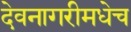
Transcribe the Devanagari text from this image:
देवनागरीमधेच